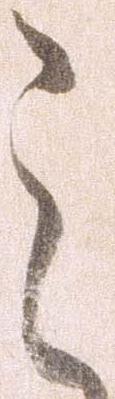
之